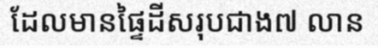
ដែលមានផ្ទៃដីសរុបជាង៧ លាន